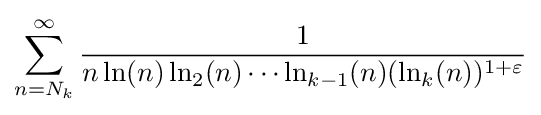
\sum _{n=N_{k}}^{\infty }{\frac {1}{n\ln(n)\ln _{2}(n)\cdots \ln _{k-1}(n)(\ln _{k}(n))^{1+\varepsilon }}}